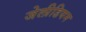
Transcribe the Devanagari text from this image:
जेलीडियम